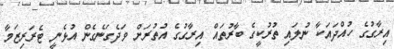
އިރާގުގެ ހުއްދައަކާ ނުލައި ތުރުކީގެ ބާރުތައް އިރާގުގެ އުތުރަށް ވަދެގަނެގެން އުޅެނީ ޓެރަރިޒަމާ